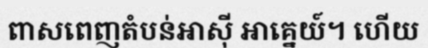
ពាសពេញតំបន់អាស៊ី អាគ្នេយ៍។ ហើយ